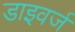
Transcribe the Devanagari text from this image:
डाइवर्ज